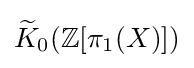
{\widetilde {K}}_{0}(\mathbb {Z} [\pi _{1}(X)])